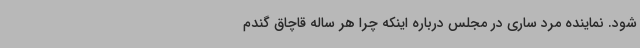
شود. نماینده مرد ساری در مجلس درباره اینکه چرا هر ساله قاچاق گندم